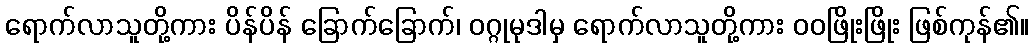
ရောက်လာသူတို့ကား ပိန်ပိန် ခြောက်ခြောက်၊ ဝဂ္ဂုမုဒါမှ ရောက်လာသူတို့ကား ဝဝဖြိုးဖြိုး ဖြစ်ကုန်၏။